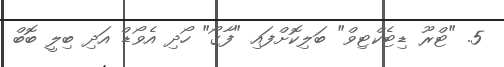
5. "ޓްރޫ ޑިޓެކްޓިވް" ބަލިކޮށްފައި "ފާގޯ" ހޯދި އެވޯޑް އަދި ބިލީ ބޮބް